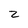
Character: 2